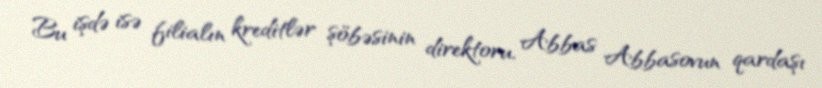
Bu işdə isə filialın kreditlər şöbəsinin direktoru, Abbas Abbasovun qardaşı